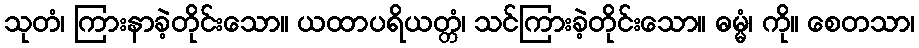
သုတံ၊ ကြားနာခဲ့တိုင်းသော။ ယထာပရိယတ္တံ၊ သင်ကြားခဲ့တိုင်းသော။ ဓမ္မံ၊ ကို။ စေတသာ၊